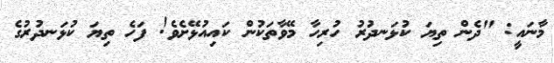
މާނައީ: "ދެން ތިޔަ ކުޅަނދުރު ހުރިހާ މޭވާތަކުން ކައިއުޅޭށެވެ! ފަހެ ތިޔަ ކުޅަނދުރުގެ